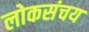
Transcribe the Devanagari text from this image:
लोकसंचय